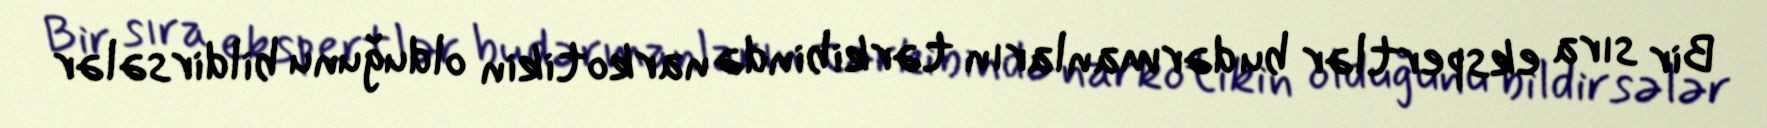
Bir sıra ekspertlər bu dərmanların tərkibində narkotikin olduğunu bildirsələr